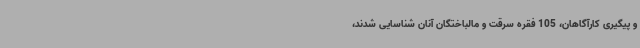
و پیگیری کارآگاهان، 105 فقره سرقت و مالباختگان آنان شناسایی شدند،